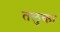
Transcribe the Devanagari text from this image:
तलुका